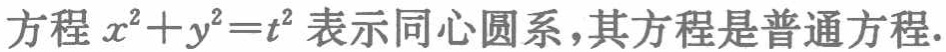
方程 \(x^{2}+y^{2}=t^{2}\) 表示同心圆系，其方程是普通方程.